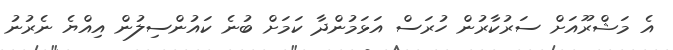
އެ މަޝްރޫއަށް ސަރުކާރުން ހުރަސް އަޅަމުންދާ ކަމަށް ބުނެ ކައުންސިލުން އިއްޔެ ނެރުނު